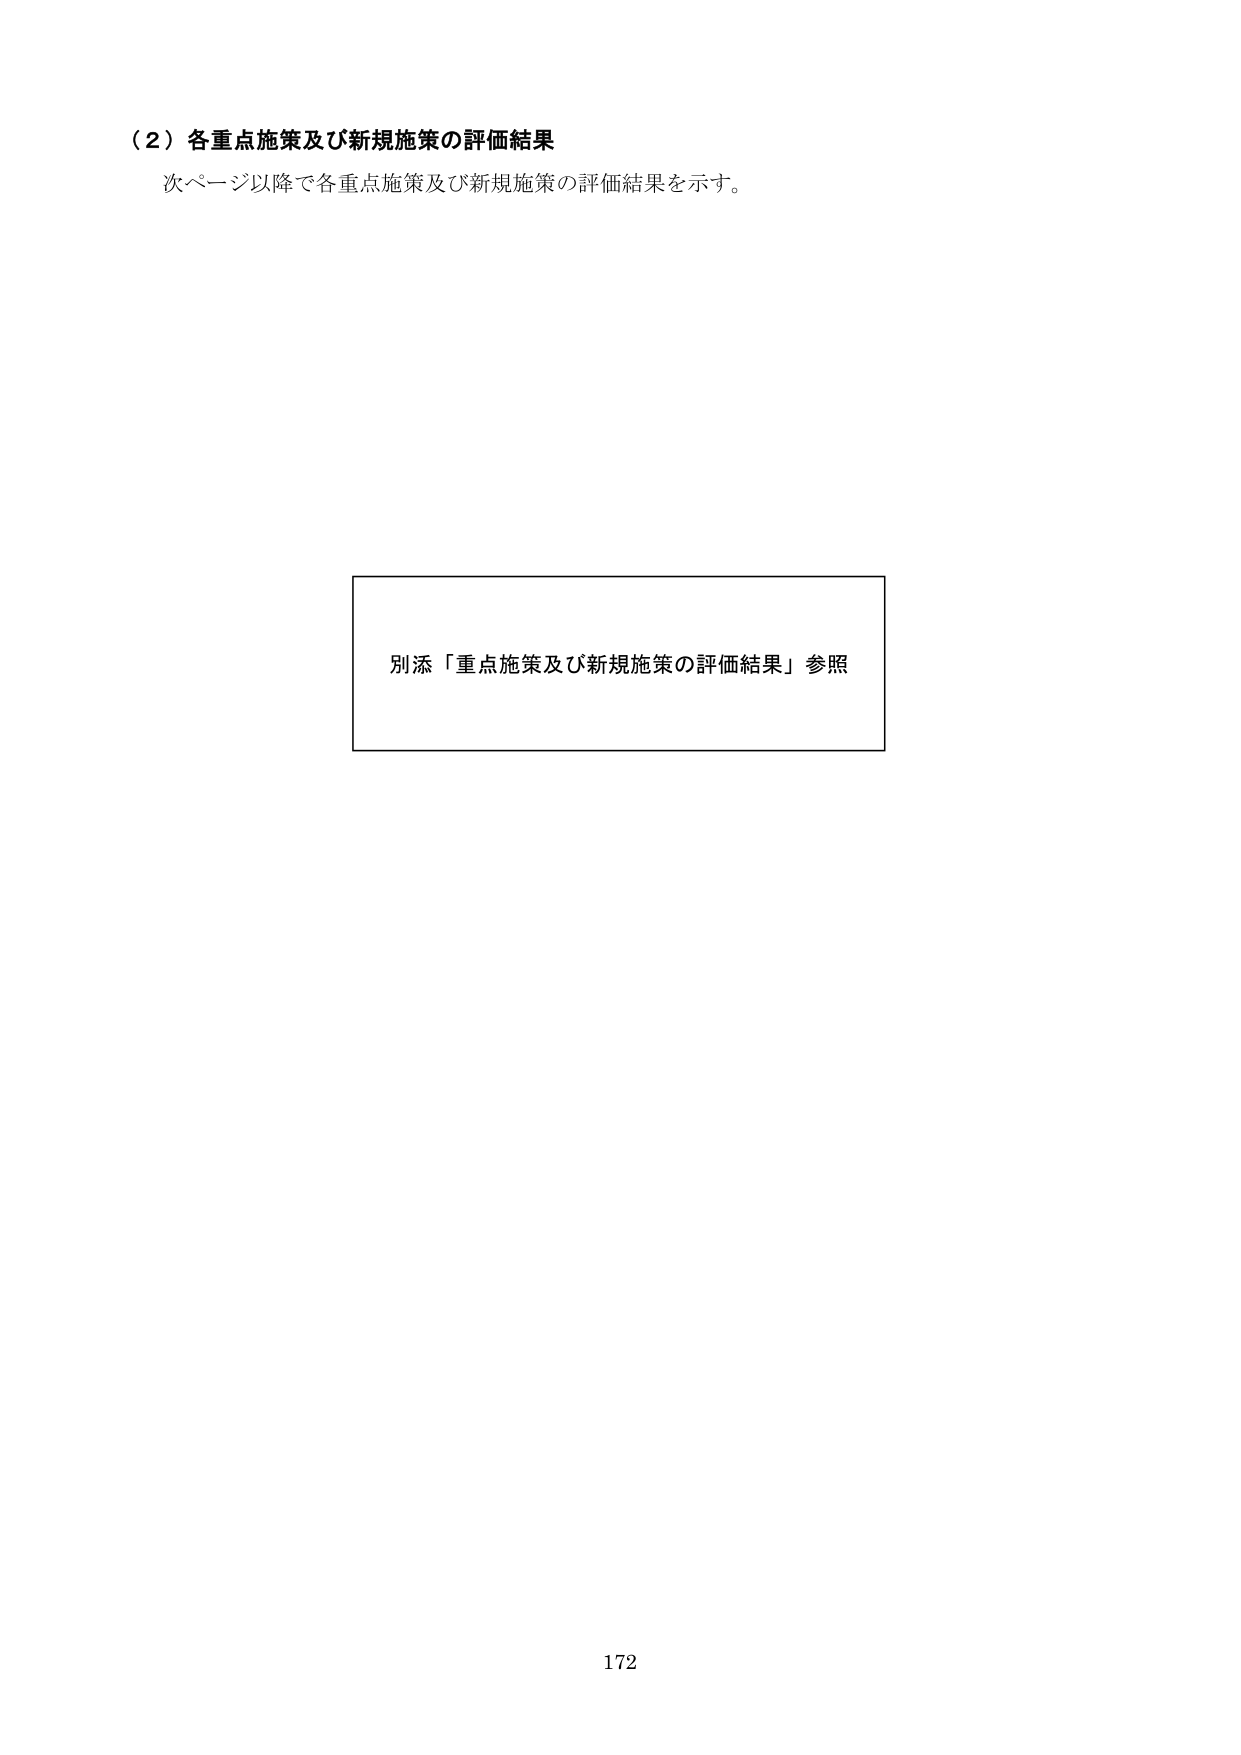
（２）各重点施策及び新規施策の評価結果
次ページ以降で各重点施策及び新規施策の評価結果を示す。

別添「重点施策及び新規施策の評価結果」参照

172